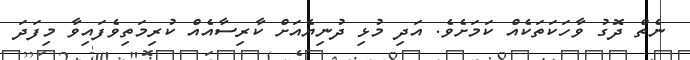
ނެތް ދޮގު ވާހަކަތަކެއް ކަމަށެވެ. އަދި މުޅި ދުނިޔެއަށް ކާރިސާއެއް ކުރިމަތިވެފައިވާ މިފަދަ